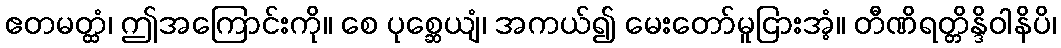
ဧတမတ္ထံ၊ ဤအကြောင်းကို။ စေ ပုစ္ဆေယျံ၊ အကယ်၍ မေးတော်မူငြားအံ့။ တီဏိရတ္တိန္ဒိဝါနိပိ၊